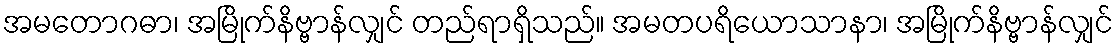
အမတောဂဓာ၊ အမြိုက်နိဗ္ဗာန်လျှင် တည်ရာရှိသည်။ အမတပရိယောသာနာ၊ အမြိုက်နိဗ္ဗာန်လျှင်